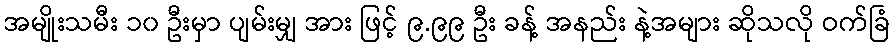
အမျိုးသမီး ၁၀ ဦးမှာ ပျမ်းမျှ အား ဖြင့် ၉.၉၉ ဦး ခန့် အနည်း နဲ့အများ ဆိုသလို ဝက်ခြံ